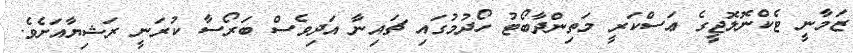
ޒަމާނީ ޓެކްނޮލޮޖީގެ ޢަސްކަރީ މަތިންދާބޯޓު ހޯދުމުގައި ޗައިނާ އަދިވެސް ބަރޯސާ ކުރަނީ ރަޝިޔާއަށެވެ.